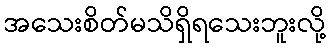
အသေးစိတ်မသိရှိရသေးဘူးလို့